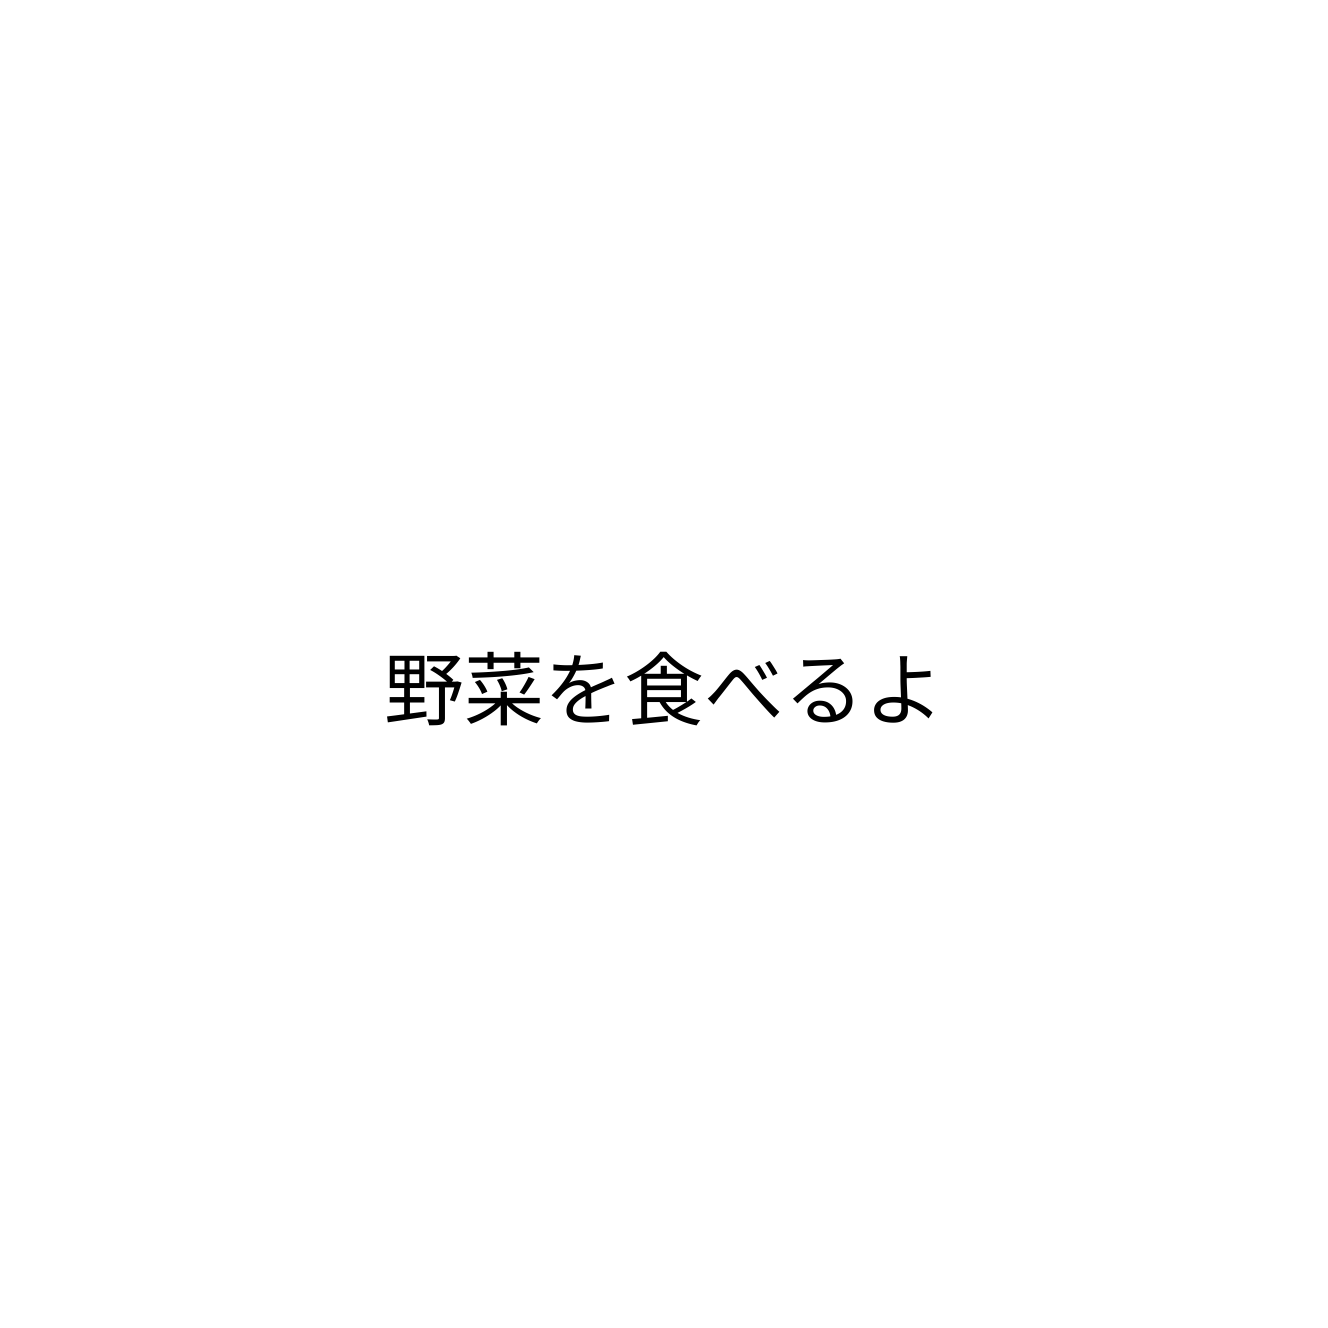
野菜を食べるよ